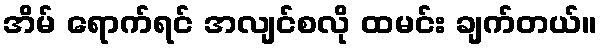
အိမ် ရောက်ရင် အလျင်စလို ထမင်း ချက်တယ်။